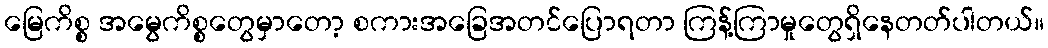
မြေကိစ္စ အမွေကိစ္စတွေမှာတော့ စကားအခြေအတင်ပြောရတာ ကြန့်ကြာမှုတွေရှိနေတတ်ပါတယ်။